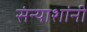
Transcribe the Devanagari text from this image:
संन्याशांनी